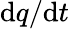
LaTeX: \mathrm{d}q/\mathrm{d}t